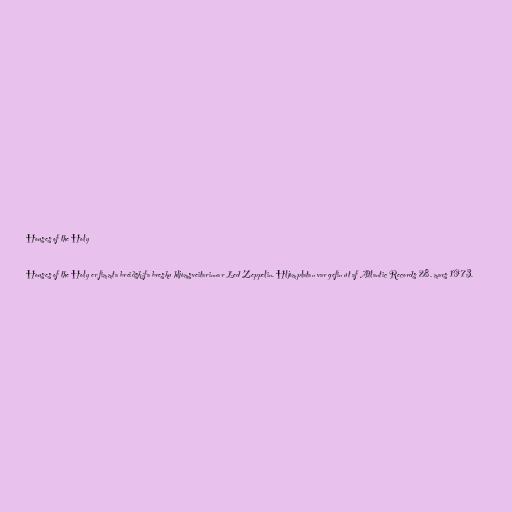
Houses of the Holy

Houses of the Holy er fimmta breiðskífa bresku hljómsveitarinnar Led Zeppelin. Hljómplatan var gefin út af Atlantic Records 28. mars 1973.